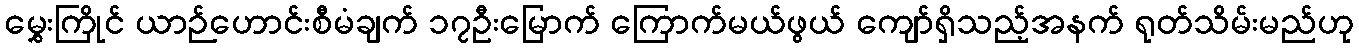
မွှေးကြိုင် ယာဉ်ဟောင်းစီမံချက် ၁၇ဦးမြောက် ကြောက်မယ်ဖွယ် ကျော်ရှိသည့်အနက် ရုတ်သိမ်းမည်ဟု